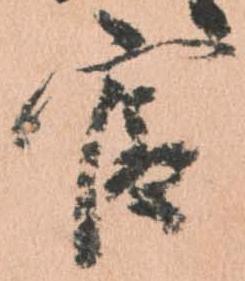
官